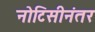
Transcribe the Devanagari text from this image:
नोटिसीनंतर